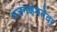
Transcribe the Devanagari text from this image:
वजनक्षमतेवर